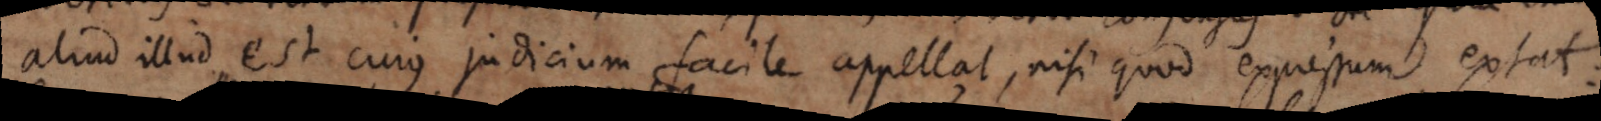
aliud illud est cujus judicium facile appellat , nisi quod expressum extat :